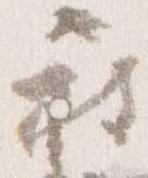
被